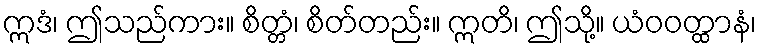
ဣဒံ၊ ဤသည်ကား။ စိတ္တံ၊ စိတ်တည်း။ ဣတိ၊ ဤသို့။ ယံဝဝတ္ထာနံ၊